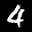
Label: 4